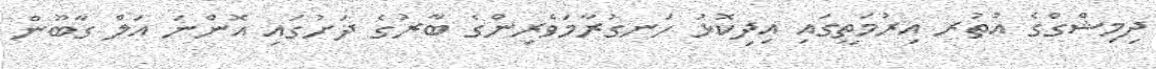
ދިމިޝްގްގެ އުތުރ އިރުމަތީގައި އިދިކޮޅު ހަނގުރާމަވެރިންގެ ބާރުގެ ދަށުގައި އޮންނަ އަލް ގާބޫން